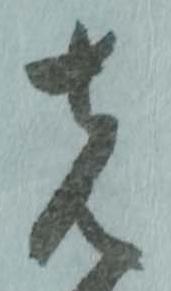
先